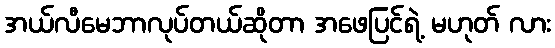
အယ်လီမေဘာလုပ်တယ်ဆိုတာ အဖေပြင်ရဲ့ မဟုတ် လား